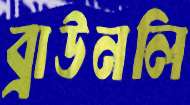
ব্রাউনলি